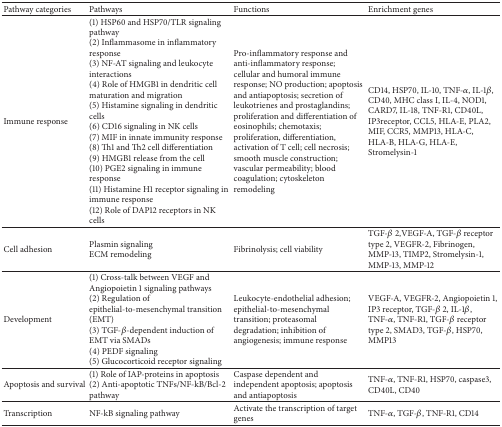
<table><thead><tr><td><b>Pathway categories</b></td><td><b>Pathways</b></td><td><b>Functions</b></td><td><b>Enrichment genes</b></td></tr></thead><tbody><tr><td>Immune response</td><td>(1) HSP60 and HSP70/TLR signaling pathway(2) Inflammasome in inflammatory response(3) NF-AT signaling and leukocyte interactions(4) Role of HMGB1 in dendritic cell maturation and migration(5) Histamine signaling in dendritic cells(6) CD16 signaling in NK cells(7) MIF in innate immunity response(8) Th1 and Th2 cell differentiation(9) HMGB1 release from the cell(10) PGE2 signaling in immune response(11) Histamine H1 receptor signaling in immune response(12) Role of DAP12 receptors in NK cells</td><td>Pro-inflammatory response and anti-inflammatory response; cellular and humoral immune response; NO production; apoptosis and antiapoptosis; secretion of leukotrienes and prostaglandins; proliferation and differentiation of eosinophils; chemotaxis; proliferation, differentiation, activation of T cell; cell necrosis; smooth muscle construction; vascular permeability; blood coagulation; cytoskeleton remodeling</td><td>CD14, HSP70, IL-10, TNF-<i>α</i>, IL-1<i>β</i>, CD40, MHC class I, IL-4, NOD1, CARD7, IL-18, TNF-R1, CD40L, IP3receptor, CCL5, HLA-E, PLA2, MIF, CCR5, MMP13, HLA-C, HLA-B, HLA-G, HLA-E, Stromelysin-1</td></tr><tr><td>Cell adhesion</td><td>Plasmin signalingECM remodeling</td><td>Fibrinolysis; cell viability</td><td>TGF-<i>β</i> 2,VEGF-A, TGF-<i>β</i> receptor type 2, VEGFR-2, Fibrinogen, MMP-13, TIMP2, Stromelysin-1, MMP-13, MMP-12</td></tr><tr><td>Development</td><td>(1) Cross-talk between VEGF and Angiopoietin 1 signaling pathways(2) Regulation of epithelial-to-mesenchymal transition (EMT)(3) TGF-<i>β</i>-dependent induction of EMT via SMADs(4) PEDF signaling(5) Glucocorticoid receptor signaling</td><td>Leukocyte-endothelial adhesion; epithelial-to-mesenchymal transition; proteasomal degradation; inhibition of angiogenesis; immune response</td><td>VEGF-A, VEGFR-2, Angiopoietin 1, IP3 receptor, TGF-<i>β</i> 2, IL-1<i>β</i>, TNF-<i>α</i>, TNF-R1, TGF-<i>β</i> receptor type 2, SMAD3, TGF-<i>β</i>, HSP70, MMP13</td></tr><tr><td>Apoptosis and survival</td><td>(1) Role of IAP-proteins in apoptosis(2) Anti-apoptotic TNFs/NF-kB/Bcl-2 pathway</td><td>Caspase dependent and independent apoptosis; apoptosis and antiapoptosis</td><td>TNF-<i>α</i>, TNF-R1, HSP70, caspase3, CD40L, CD40</td></tr><tr><td>Transcription</td><td>NF-kB signaling pathway</td><td>Activate the transcription of target genes</td><td>TNF-<i>α</i>, TGF-<i>β</i>, TNF-R1, CD14</td></tr></tbody></table>